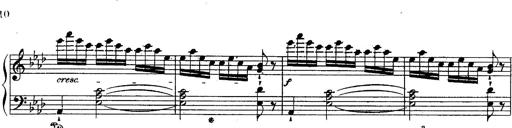
Title: Schubert's Impromptus [revised and edited by Franz Liszt]
Composer: Franz Liszt